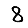
Digit: 8